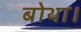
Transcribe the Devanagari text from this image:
बोथा।